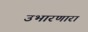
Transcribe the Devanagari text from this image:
उभारणारा